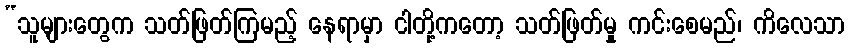
“သူများတွေက သတ်ဖြတ်ကြမည့် နေရာမှာ ငါတို့ကတော့ သတ်ဖြတ်မှု ကင်းစေမည်၊ ကိလေသာ